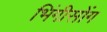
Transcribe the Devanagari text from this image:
भिंगीसोंग